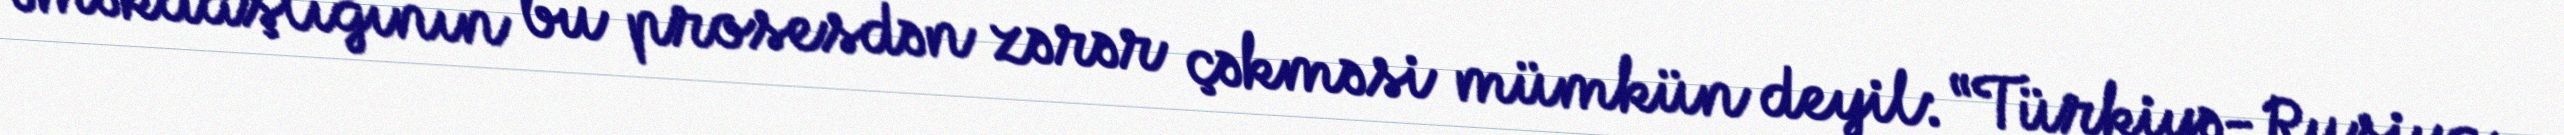
əməkdaşlığının bu prosesdən zərər çəkməsi mümkün deyil: “Türkiyə-Rusiya